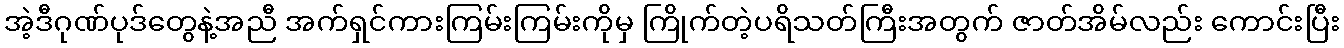
အဲ့ဒီဂုဏ်ပုဒ်တွေနဲ့အညီ အက်ရှင်ကားကြမ်းကြမ်းကိုမှ ကြိုက်တဲ့ပရိသတ်ကြီးအတွက် ဇာတ်အိမ်လည်း ကောင်းပြီး